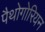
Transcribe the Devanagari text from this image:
पैथोगोरियन